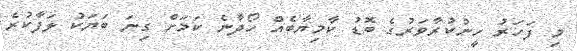
މި ފަހަރު ހީނުކުރާވަރުގެ ބޮޑު ކާމިޔާބެއް ހޯދާނެ ކަމަށް ގިނަ ބަޔަކު ލަފާކުރެ